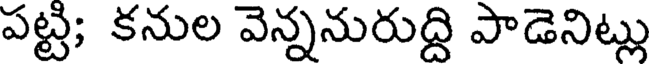
పట్టి; కనుల వెన్ననురుద్ది పాడెనిట్లు